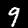
Label: 9